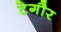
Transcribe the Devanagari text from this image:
टेगौर